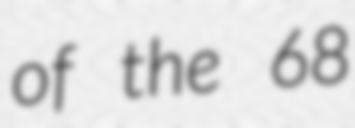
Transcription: of the 68